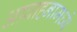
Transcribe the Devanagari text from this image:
आवाहनामध्ये